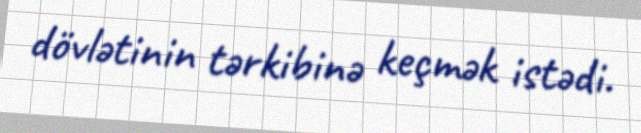
dövlətinin tərkibinə keçmək istədi.